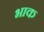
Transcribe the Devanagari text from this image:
भाक